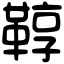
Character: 鞟